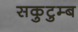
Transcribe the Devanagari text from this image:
सकुटुम्ब